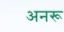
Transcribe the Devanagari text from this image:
अनरू